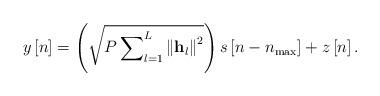
LaTeX: \begin{align*} y\left[ n \right] = \left( {\sqrt {P\sum\nolimits_{l = 1}^L {{{\left\| {{{\bf{h}}_l}} \right\|}^2}} } } \right)s\left[ {n - {n_{\max }}} \right] + z\left[ n \right]. \end{align*}